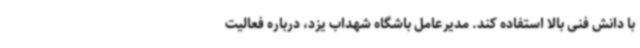
با دانش فنی بالا استفاده کند. مدیرعامل باشگاه شهداب یزد، درباره فعالیت